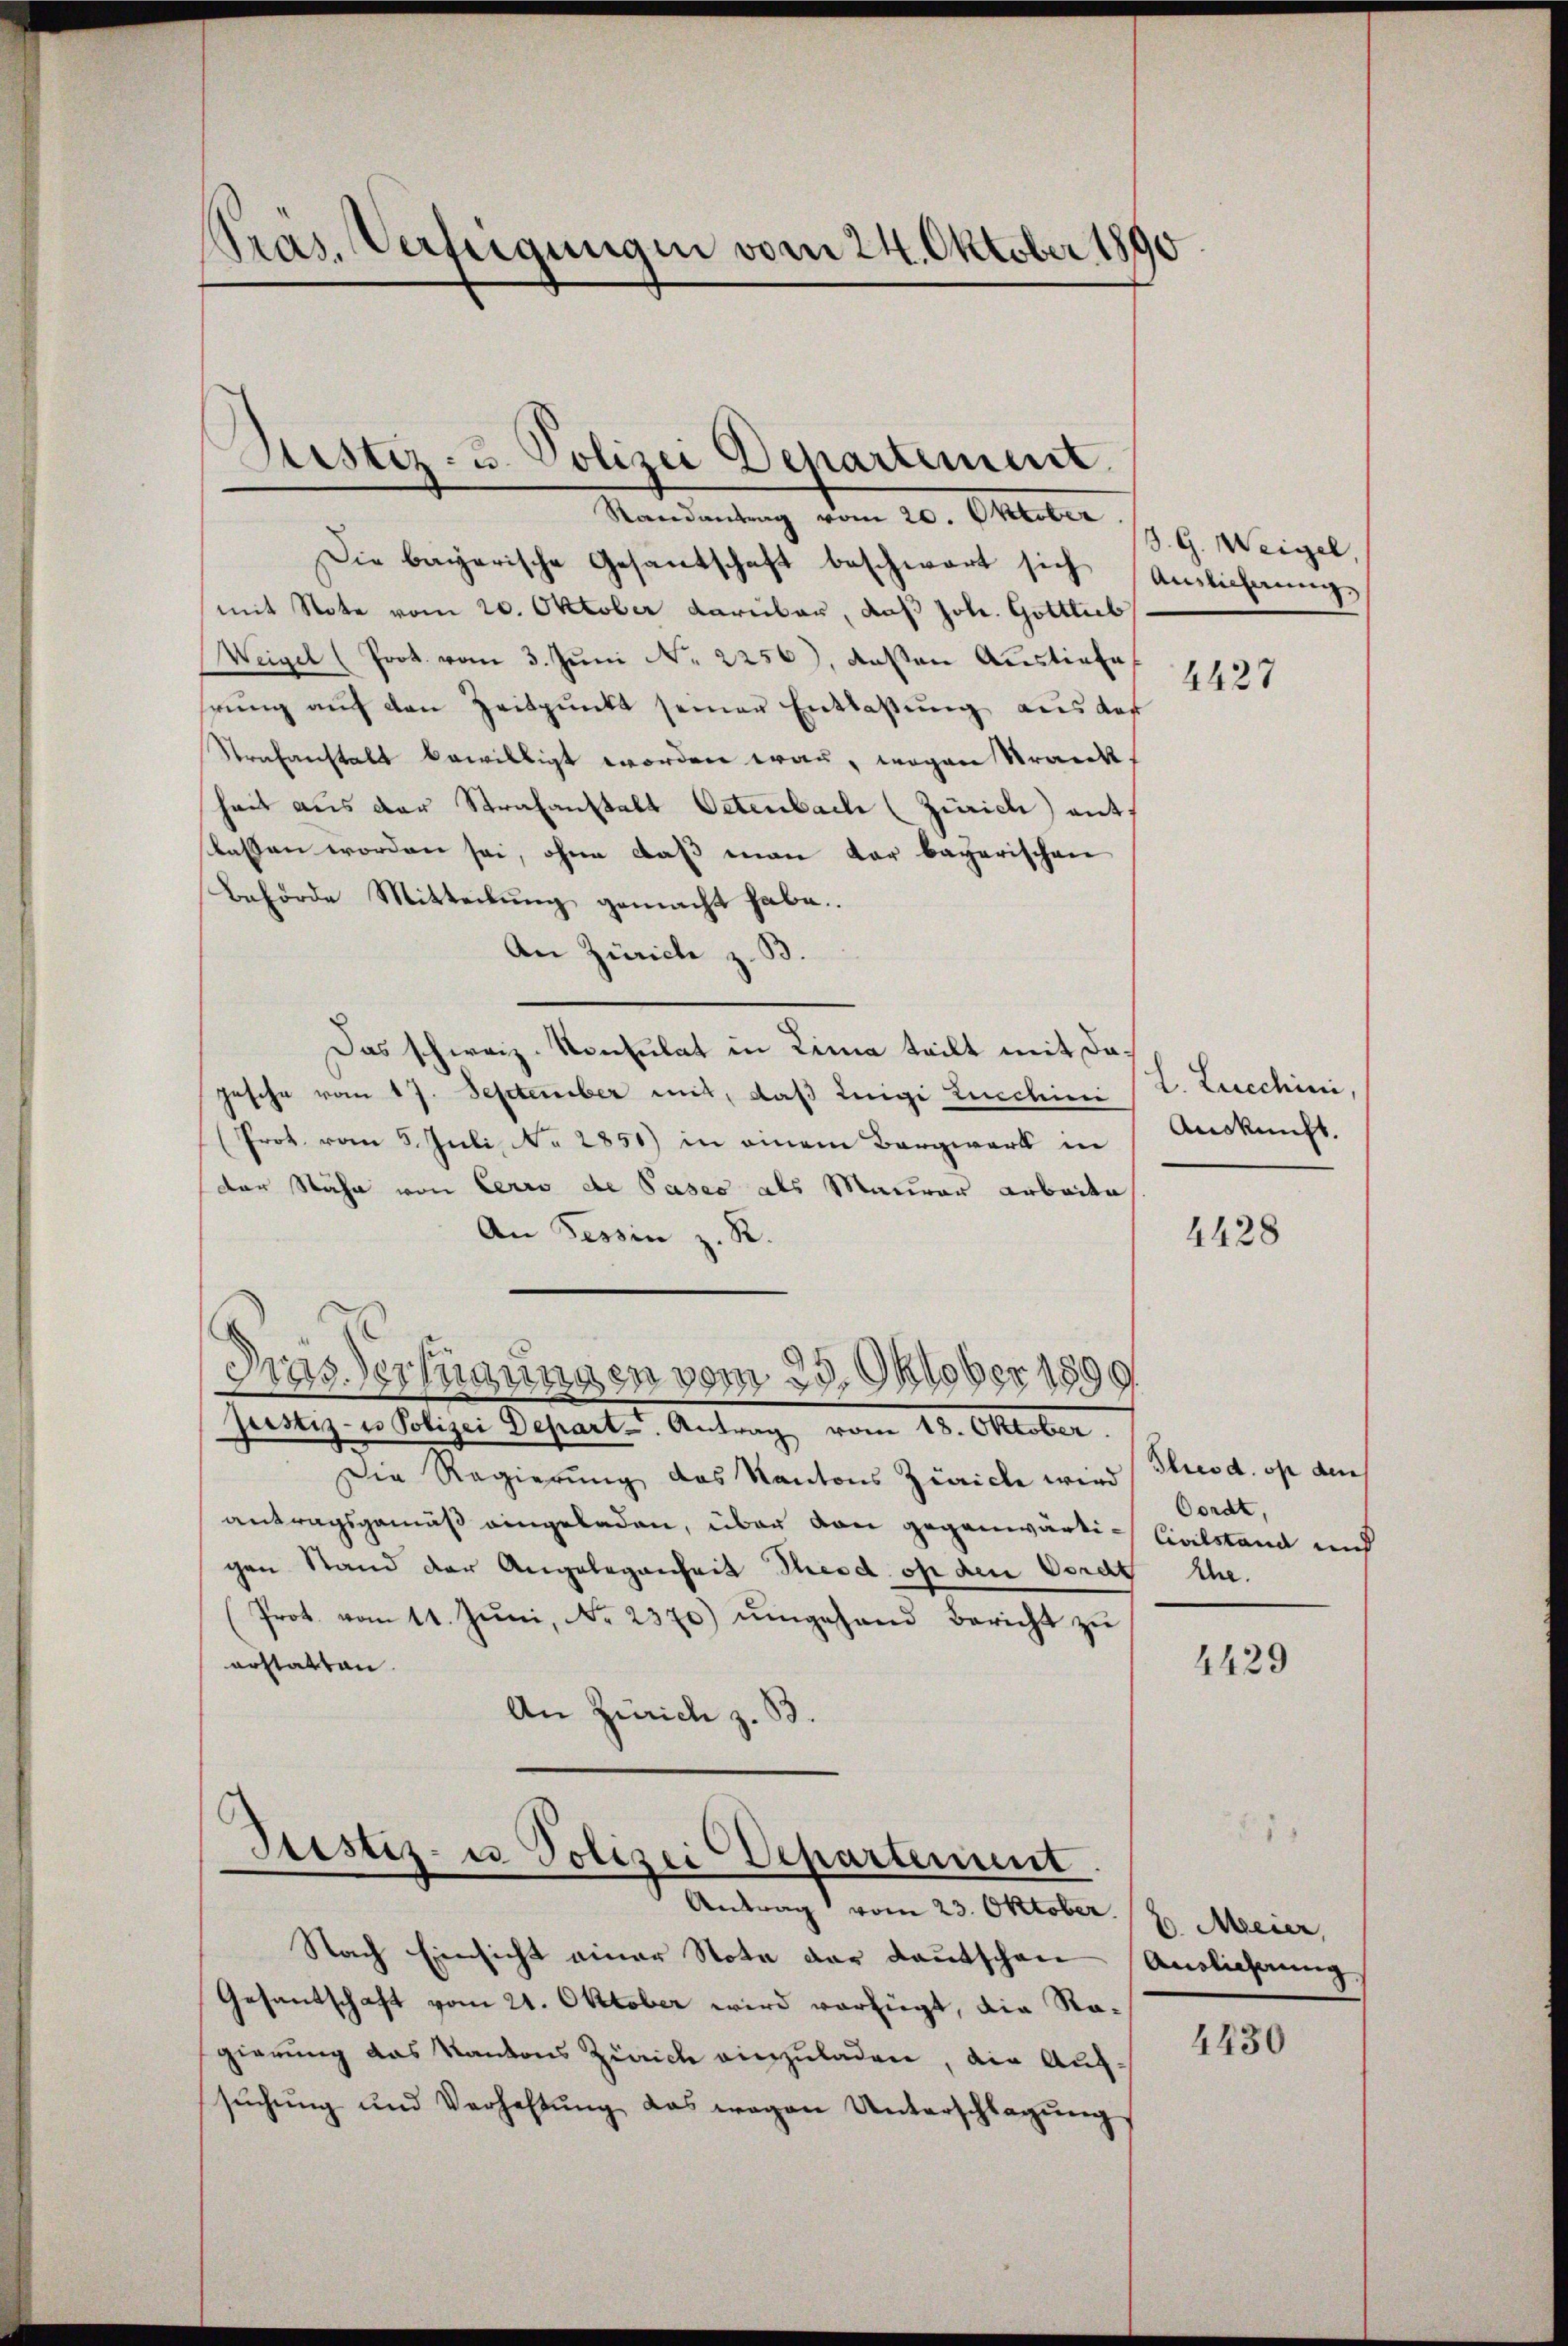
Tras. Verfügungen vom 24. Oktober 1890

Justiz- & Polizei Departement.

Randantrag vom 20. Oktober
Die bayerische Gesantschaft beschwart sich Auslichungs
mit Note vom 20. Oktober darüber, daß Joh. Gottlieb
Weigel (Prot. vom 3. Juni Nr. 2256), dessen Ausliefe
hrŭng aŭf den Zeitpunkt seiner Entlaßung aus des
Strafanstalt bewilligt worden war, wegen Strankheit aus der Strafanstalt Oetenbach (Zürich) ant
slassen worden sei, ohne daß man dar bayerischen
Behörde Mitteilung gemacht habe.
An Zürich z. B.
Das schweiz. Konsulat in Lina teilt mit dajesche vom 17. September mit, daß Luigi Ziechini
Prot. vom 5. Juli, No 2851) in einem Bergwerk in
der Nähe von Cerro de Pases als Maurer Arbeite
An Tessin z. R.
Tras Verfügungen vom 23. Oktober 1899.
justiz- & Polizei Depart. Antrag vom 18. Oktober.
Die Regierung das Kantons Zürich wird (Pluod. op den
antragsgemäß eingeladen, über von gegenwärtigen Stand der Angelegenheit Theodor den Vordt Ehe.
(Prot. vom 11. Jŭni, No. 2370) ŭmgesand Bericht zŭ
erstatten.
An Zürich z. B.
Justiz- u Polizei-Departement.
Antrag vom 23. Oktober.
Nach Einsicht einer Nota der deutschen Auslichnung
Gesantschaft vom 21. Oktober wird verfügt, die Ragierung das Kantons Zürich einzuladen, die Aufsŭchŭng und Verhaltŭng das wegen Unterschlagŭng

S. G. Weigel,
4427

L. Lucchini,
Auskunft.

4428

Oordt,
Civilstand und

4429

6. Meier,

4430